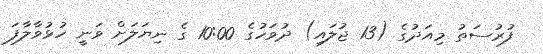
ފުރުސަތު މިއަދުގެ (13 ޖުލައި) ދުވަހުގެ 10:00 ގެ ނިޔަލަށް ވަނީ ހުޅުވާލާފަ